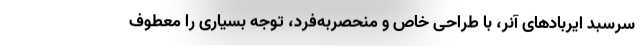
سرسبد ایربادهای آنر، با طراحی خاص و منحصربه‌فرد، توجه بسیاری را معطوف